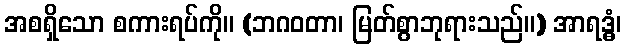
အစရှိသော စကားရပ်ကို။ (ဘဂဝတာ၊ မြတ်စွာဘုရားသည်။) အာရဒ္ဓံ၊